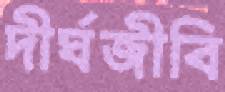
দীর্ঘজীবি